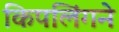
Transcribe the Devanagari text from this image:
किपलिंगने